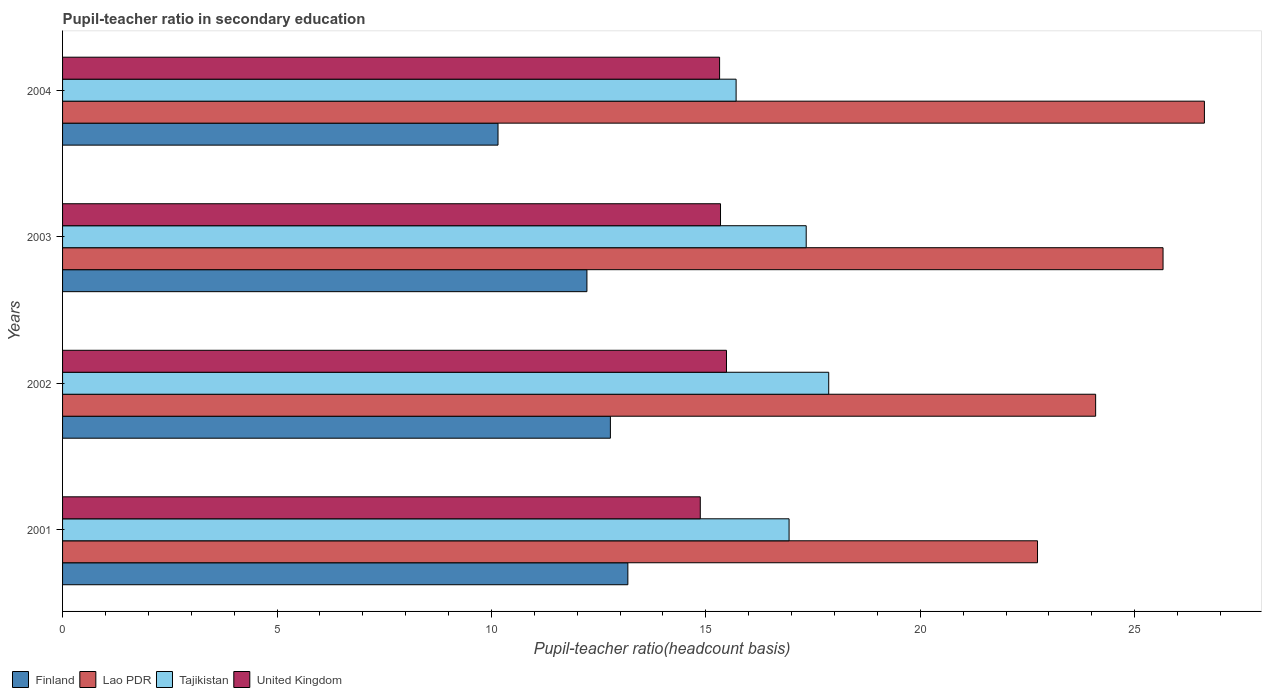
| Years | Finland | Lao PDR | Tajikistan | United Kingdom |
 | --- | --- | --- | --- | --- |
 | 2001 | 13.2 | 22.7 | 16.9 | 14.9 |
 | 2002 | 12.8 | 24.1 | 17.9 | 15.5 |
 | 2003 | 12.2 | 25.7 | 17.3 | 15.3 |
 | 2004 | 10.2 | 26.6 | 15.7 | 15.3 |